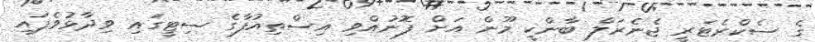
ގެ ސެކްރެޓަރީ ޖެނެރަލް ބާންކީ މޫން އަށް ފޮނުއްވި އިސްތިއުފާގެ ސިޓީގައި ވިދާޅުވެފައި